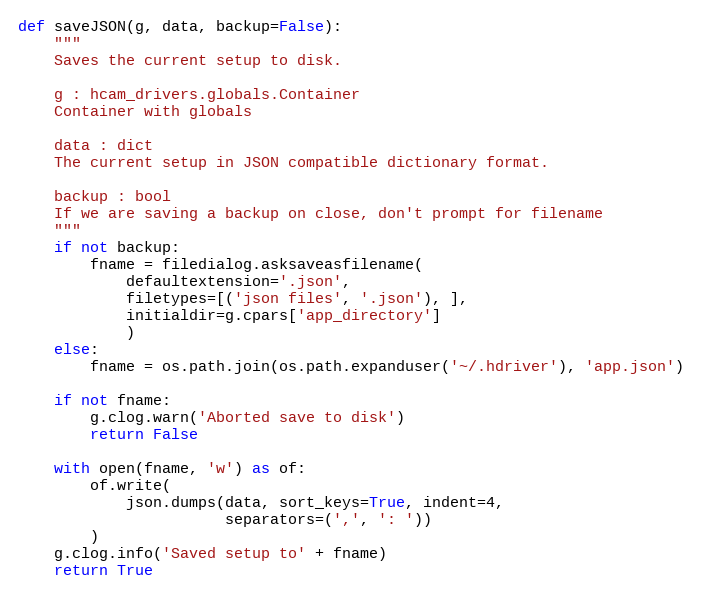
Language: Python
def saveJSON(g, data, backup=False):
    """
    Saves the current setup to disk.

    g : hcam_drivers.globals.Container
    Container with globals

    data : dict
    The current setup in JSON compatible dictionary format.

    backup : bool
    If we are saving a backup on close, don't prompt for filename
    """
    if not backup:
        fname = filedialog.asksaveasfilename(
            defaultextension='.json',
            filetypes=[('json files', '.json'), ],
            initialdir=g.cpars['app_directory']
            )
    else:
        fname = os.path.join(os.path.expanduser('~/.hdriver'), 'app.json')

    if not fname:
        g.clog.warn('Aborted save to disk')
        return False

    with open(fname, 'w') as of:
        of.write(
            json.dumps(data, sort_keys=True, indent=4,
                       separators=(',', ': '))
        )
    g.clog.info('Saved setup to' + fname)
    return True